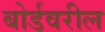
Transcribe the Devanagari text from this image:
बोर्डवरील